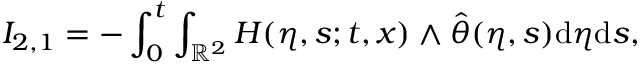
I _ { 2 , 1 } = - \int _ { 0 } ^ { t } \int _ { \mathbb { R } ^ { 2 } } H ( \eta , s ; t , x ) \wedge \hat { \theta } ( \eta , s ) \mathrm { d } \eta \mathrm { d } s ,